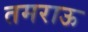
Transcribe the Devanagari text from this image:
तमराऊ